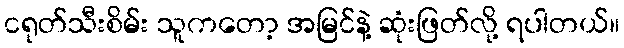
ငရုတ်သီးစိမ်း သူကတော့ အမြင်နဲ့ ဆုံးဖြတ်လို့ ရပါတယ်။